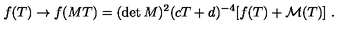
f ( T ) \rightarrow f ( M T ) = ( \det M ) ^ { 2 } ( c T + d ) ^ { - 4 } [ f ( T ) + { \cal M } ( T ) ] \ .